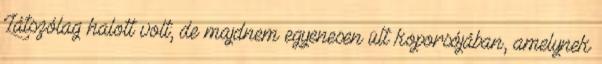
Látszólag halott volt; de majdnem egyenesen ült koporsójában, amelynek